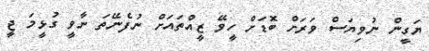
ޔަގީން ނުވިޔަސް ވަރަށް ބޮޑަށް ހީވޭ ޒީއްތައަށް ނުފެނޭތަ ނާވީ ގުޅީމަ ޖީ